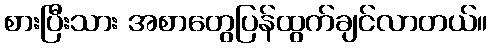
စားပြီးသား အစာတွေပြန်ထွက်ချင်လာတယ်။